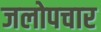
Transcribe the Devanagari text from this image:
जलोपचार